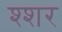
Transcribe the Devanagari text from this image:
श्शर